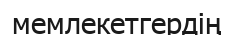
мемлекетгердің